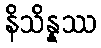
နိသိန္နဿ